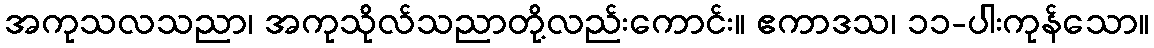
အကုသလသညာ၊ အကုသိုလ်သညာတို့လည်းကောင်း။ ဧကာဒသ၊ ၁၁-ပါးကုန်သော။